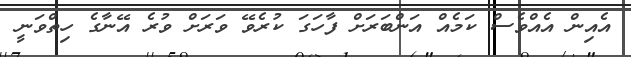
އެއިން އެއްވެސް ކަމެއް އަންބަރަށް ފާހަގަ ކުރެވޭ ވަރަށް ވުރެ އޭނާގެ ހިތްވަނީ